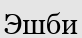
Эшби